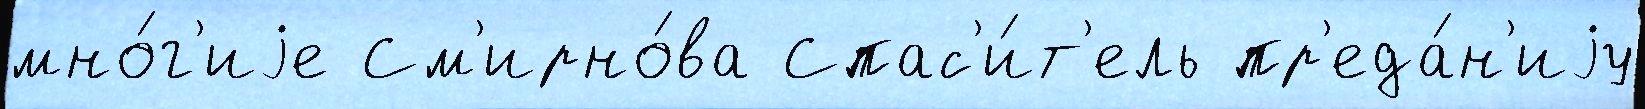
мно́г'иjе См'ирно́ва Спас'и́т'ель пр'еда́н'иjу